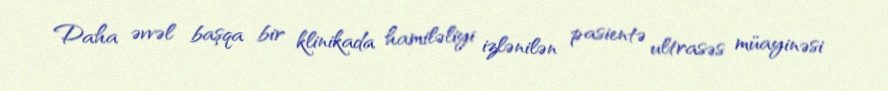
Daha əvvəl başqa bir klinikada hamiləliyi izlənilən pasientə ultrasəs müayinəsi